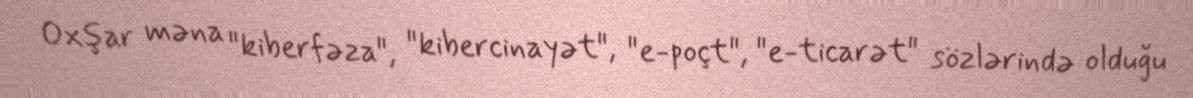
Oxşar məna "kiberfəza", "kibercinayət", "e-poçt", "e-ticarət" sözlərində olduğu